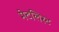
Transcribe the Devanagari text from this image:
मेटलिस्ट